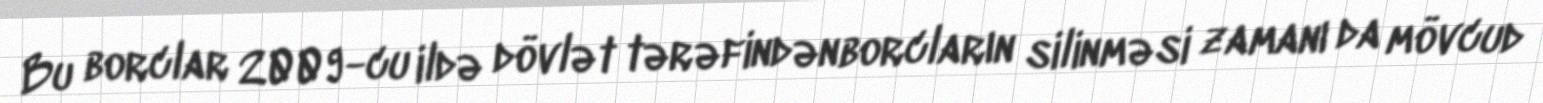
Bu borclar 2009-cu ildə dövlət tərəfindənborcların silinməsi zamanı da mövcud